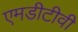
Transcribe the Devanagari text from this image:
एमडीटीवी